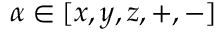
\alpha \in [ x , y , z , + , - ]